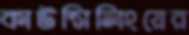
কাউন্সিলিংয়ের